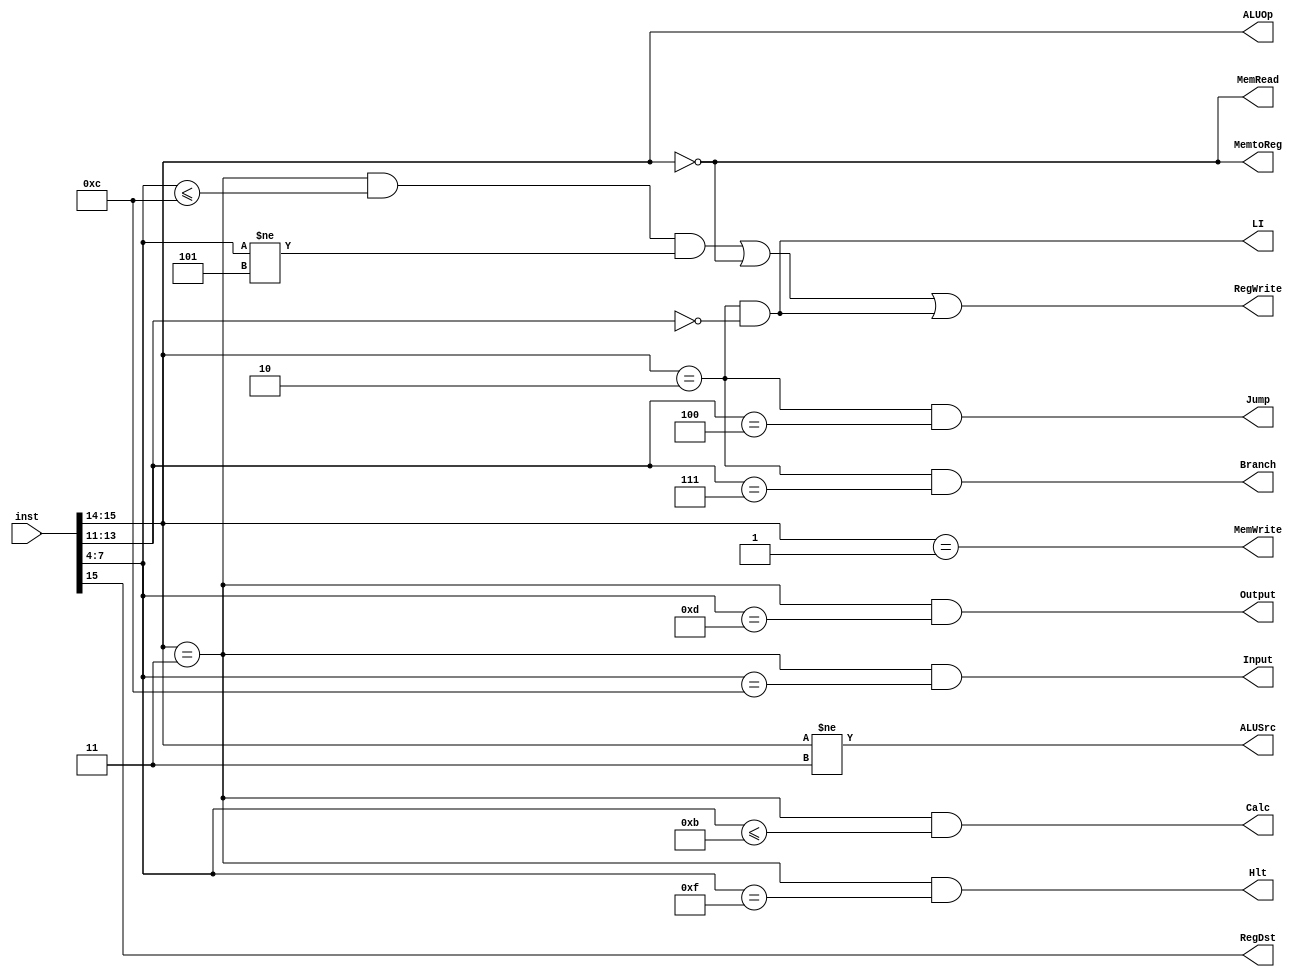
module controller(input wire [15:0] inst, //16
                  output wire RegDst,RegWrite, ALUSrc, MemRead, MemWrite, MemtoReg, Branch, Jump, LI, Input, Output, Hlt, Calc,
						output wire [1:0] ALUOp);
						
  wire [1:0] op1;
  wire [2:0] op2;
  wire [3:0] op3;
  assign op1 = inst[15:14];
  assign op2 = inst[13:11];
  assign op3 = inst[7:4];
  
  assign RegDst = op1[1]; //inst[10:8]1, inst[13:11]0
  assign RegWrite = ((op1 == 2'b11) & (op3 <= 4'b1100) & (op3 != 4'b0101)) | (op1 == 2'b00) | ((op1 == 2'b10) & (op2 == 3'b000));
  //1
  assign ALUSrc = (op1 != 2'b11); //ALU21, 0 
  assign MemRead = (op1 == 2'b00); //1
  assign MemWrite = (op1 == 2'b01); //1
  assign MemtoReg = (op1 == 2'b00); //1
  assign Branch = (op1 == 2'b10) & (op2 == 3'b111); //1
  assign Jump = (op1 == 2'b10) & (op2 == 3'b100); //1
  assign LI = (op1 == 2'b10) & (op2 == 3'b000); //1
  assign Input = (op1 == 2'b11) & (op3 == 4'b1100); //1
  assign Output = (op1 == 2'b11) & (op3 == 4'b1101); //1
  assign Hlt = (op1 == 2'b11) & (op3 == 4'b1111); //1
  assign ALUOp = op1; //
  assign Calc = (op1 == 2'b11) & (op3 <= 4'b1011);
endmodule